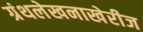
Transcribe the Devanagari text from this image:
ग्रंथलेखनाखेरीज